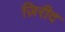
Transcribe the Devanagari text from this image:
ज़िरीद